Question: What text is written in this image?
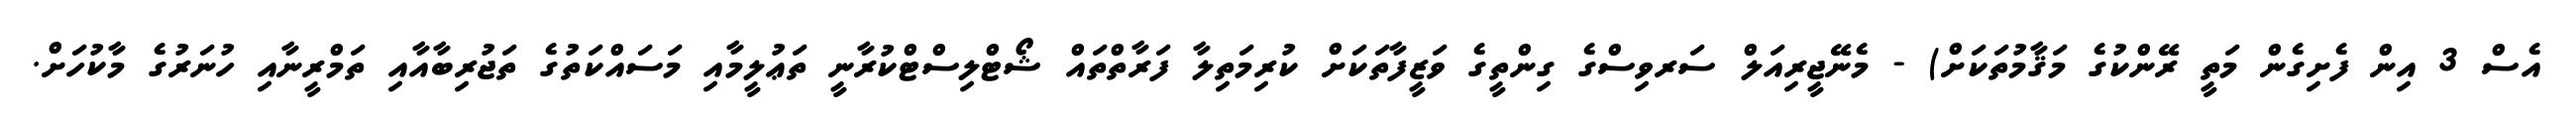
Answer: އެސް 3 އިން ފެށިގެން މަތީ ރޭންކުގެ މަޤާމުތަކަށް) - މެނޭޖީރިއަލް ސަރވިސްގެ ގިންތީގެ ވަޒީފާތަކަށް ކުރިމަތިލާ ފަރާތްތައް ޝޯޓްލިސްޓްކުރާނީ ތަޢުލީމާއި މަސައްކަތުގެ ތަޖުރިބާއާއި ތަމްރީނާއި ހުނަރުގެ މާކުހަށް.